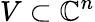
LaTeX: V\subset\mathbb{C}^{n}